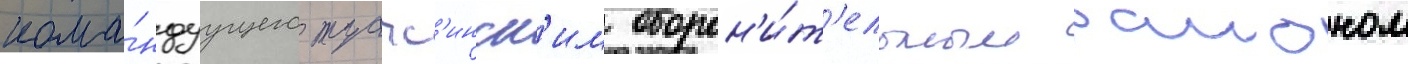
кома́ндуущего туапс'инск'им оборон'и́т'ельным раионом